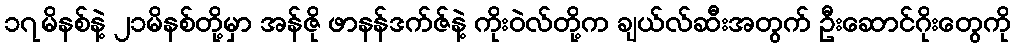
၁၇မိနစ်နဲ့ ၂၁မိနစ်တို့မှာ အန်ဇို ဖာနန်ဒက်ဇ်နဲ့ ကိုးဝဲလ်တို့က ချယ်လ်ဆီးအတွက် ဦးဆောင်ဂိုးတွေကို